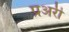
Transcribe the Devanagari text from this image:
प्रअरी